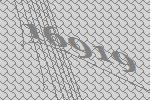
16919